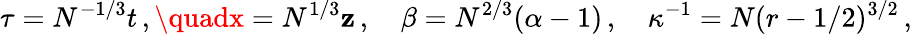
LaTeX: \tau=N^{-1/3}t\, ,\quadx=N^{1/3}\mathbf{z}\, ,\quad\beta=N^{2/3}(\alpha-1)\, ,\quad\kappa^{-1}=N(r-1/2)^{3/2}\, ,